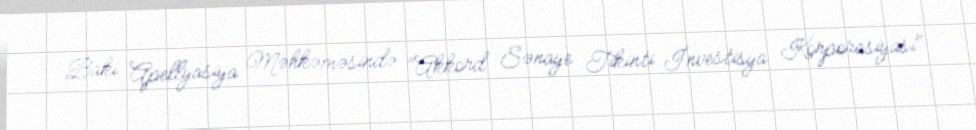
Bakı Apellyasiya Məhkəməsində "Akkord Sənaye Tikinti İnvestisya Korporasiyası"